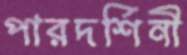
পারদর্শিনী